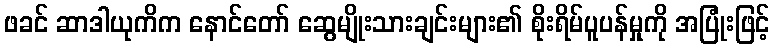
ဖခင် ဆာဒါယုကိက နောင်တော် ဆွေမျိုးသားချင်းများ၏ စိုးရိမ်ပူပန်မှုကို အပြုံးဖြင့်